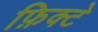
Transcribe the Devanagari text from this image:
फ़िक्टे